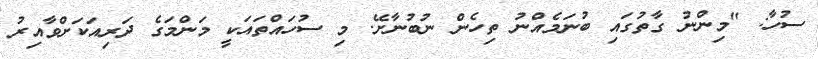
ސުހާ: "މިންނު ގާތުގައި ބުނަމެއްނު ތިހެން ނުބުނާށޭ. މި ސުހައްތައަކީ މަންމަގެ ދަރިއަކަށްވާއިރު